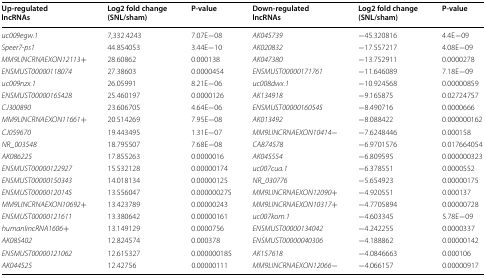
<table><thead><tr><td><b>Up-regulatedlncRNAs</b></td><td><b>Log2 fold change (SNL/sham)</b></td><td><b>P-value</b></td><td><b>Down-regulatedlncRNAs</b></td><td><b>Log2 fold change (SNL/sham)</b></td><td><b>P-value</b></td></tr></thead><tbody><tr><td><i>uc009egw.1</i></td><td>7,332.4243</td><td>7.07E−08</td><td><i>AK045739</i></td><td>−45.320816</td><td>4.4E−09</td></tr><tr><td><i>Speer7-ps1</i></td><td>44.854053</td><td>3.44E−10</td><td><i>AK020832</i></td><td>−17.557217</td><td>4.08E−09</td></tr><tr><td><i>MM9LINCRNAEXON12113+</i></td><td>28.60862</td><td>0.000138</td><td><i>AK047380</i></td><td>−13.752911</td><td>0.0000278</td></tr><tr><td><i>ENSMUST00000118074</i></td><td>27.38603</td><td>0.0000454</td><td><i>ENSMUST00000171761</i></td><td>−11.646089</td><td>7.18E−09</td></tr><tr><td><i>uc009nzx.1</i></td><td>26.05991</td><td>8.21E−06</td><td><i>uc008dwx.1</i></td><td>−10.924568</td><td>0.00000859</td></tr><tr><td><i>ENSMUST00000165428</i></td><td>25.460197</td><td>0.0000126</td><td><i>AK134918</i></td><td>−9.165875</td><td>0.02724757</td></tr><tr><td><i>CJ300890</i></td><td>23.606705</td><td>4.64E−06</td><td><i>ENSMUST00000160545</i></td><td>−8.490716</td><td>0.0000666</td></tr><tr><td><i>MM9LINCRNAEXON11661+</i></td><td>20.514269</td><td>7.95E−08</td><td><i>AK013492</i></td><td>−8.088422</td><td>0.000000162</td></tr><tr><td><i>CJ059670</i></td><td>19.443495</td><td>1.31E−07</td><td><i>MM9LINCRNAEXON10414</i>−</td><td>−7.6248446</td><td>0.000158</td></tr><tr><td><i>NR_003548</i></td><td>18.795507</td><td>7.68E−08</td><td><i>CA874578</i></td><td>−6.9701576</td><td>0.017664054</td></tr><tr><td><i>AK086225</i></td><td>17.855263</td><td>0.0000016</td><td><i>AK045554</i></td><td>−6.809595</td><td>0.000000323</td></tr><tr><td><i>ENSMUST00000122927</i></td><td>15.532128</td><td>0.00000174</td><td><i>uc007cua.1</i></td><td>−6.378551</td><td>0.0000552</td></tr><tr><td><i>ENSMUST00000150343</i></td><td>14.018134</td><td>0.00000125</td><td><i>NR_030776</i></td><td>−5.654923</td><td>0.00000175</td></tr><tr><td><i>ENSMUST00000120145</i></td><td>13.556047</td><td>0.000000275</td><td><i>MM9LINCRNAEXON12090+</i></td><td>−4.920551</td><td>0.000137</td></tr><tr><td><i>MM9LINCRNAEXON10692+</i></td><td>13.423789</td><td>0.00000243</td><td><i>MM9LINCRNAEXON10317+</i></td><td>−4.7705894</td><td>0.00000728</td></tr><tr><td><i>ENSMUST00000121611</i></td><td>13.380642</td><td>0.00000161</td><td><i>uc007kom.1</i></td><td>−4.603345</td><td>5.78E−09</td></tr><tr><td><i>humanlincRNA1606+</i></td><td>13.149129</td><td>0.0000756</td><td><i>ENSMUST00000134042</i></td><td>−4.242255</td><td>0.0000337</td></tr><tr><td><i>AK085402</i></td><td>12.824574</td><td>0.000378</td><td><i>ENSMUST00000040306</i></td><td>−4.188862</td><td>0.00000142</td></tr><tr><td><i>ENSMUST00000121062</i></td><td>12.615327</td><td>0.000000185</td><td><i>AK157618</i></td><td>−4.0846663</td><td>0.000106</td></tr><tr><td><i>AK044525</i></td><td>12.42756</td><td>0.00000111</td><td><i>MM9LINCRNAEXON12066</i>−</td><td>−4.066157</td><td>0.00000917</td></tr></tbody></table>